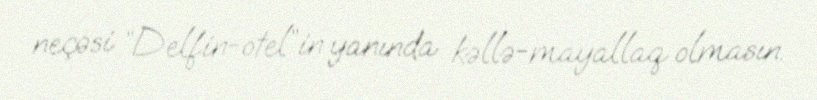
neçəsi “Delfin-otel”in yanında kəllə-mayallaq olmasın.